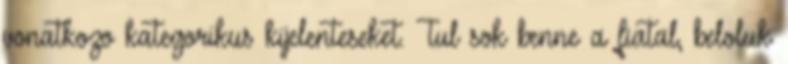
vonatkozo kategorikus kijelenteseket. Tul sok benne a fiatal, beloluk